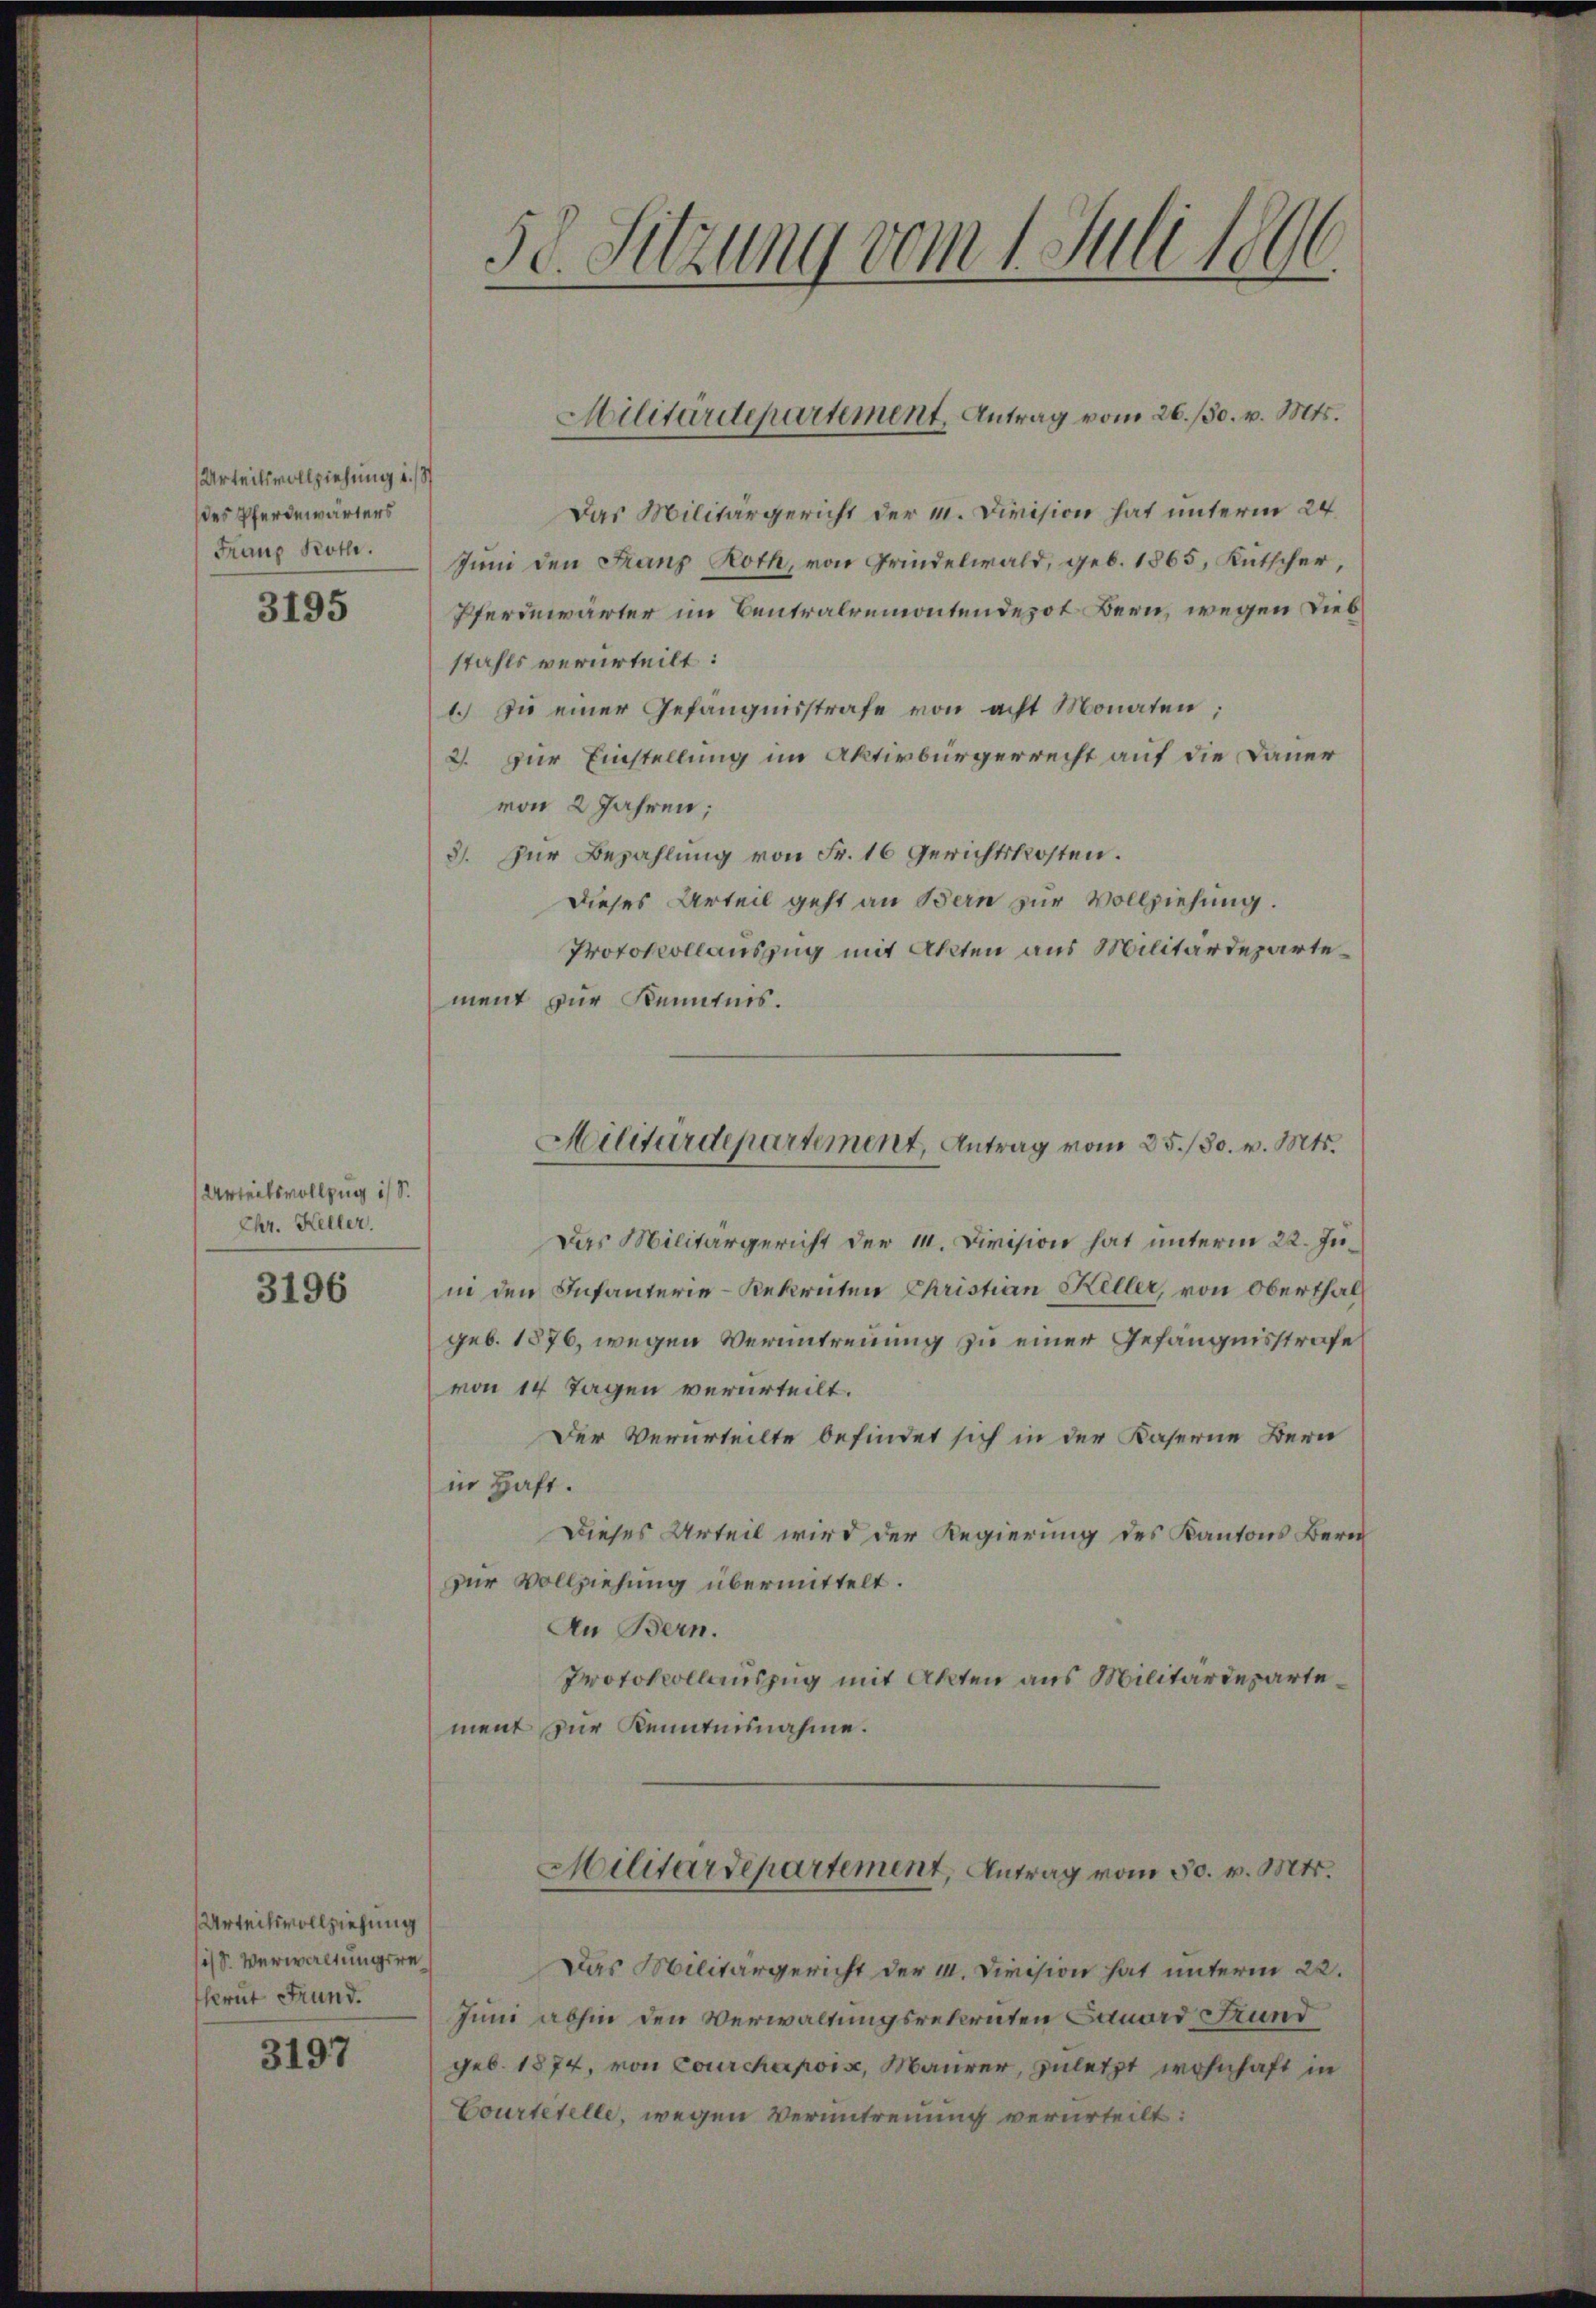
Urteilsvollziehung u. 18
des Pferdewärters
Franz Koth.

3195

Urteilsvollzug ist.
Chr. Keller.

3196

Urteilsvollziehung
sis S. Verwaltungsresherit Frund.

3197

50. Sitzung vom 1. Juli 1896

Das Militärgericht der m. Division hat unterm 24.
Juni den Franz Roth, von Grindelwald, geb. 1865, Kutscher,
Pferiewärter im Centralremontendepot Bern, wegen Liebstahls verurteilt:
1. Zu einer Gefängnisstrafe von acht Monaten;
2. zur Einstellung im Aktivbürgerrecht auf die Dauer
von 2 Jahren;
3. Zur Bezahlung von Fr. 16 Gerichtskosten.
Dieses Urteil geht an Bern zur Vollziehung.
Protokollauszug mit Akten aus Militärdepartement zur Kenntnis.
Das Militärgericht der 1. Division hat unterm 22. Juin den Infanterie-Rekruten Christian Keller, von Oberthal
geb. 1876, wegen Veruntreuung zu einer Gefängnisstrafe
von 14 Tagen verurteilt.
Der Verurteilte befindet sich in der Kaserne Bern
in Haft.
Dieses Urteil wird der Regierung des Kantons Bern
zur Vollziehung übermittelt.
An Bern.
Protokollauszug mit Akten aus Militärdepartement zur Kenntnisnahme.
Militärdepartement, Antrag vom 30. v. Mts.
Das Militärgericht der II. Division hat unterm 22.
Juni abhin den Verwaltungsrekruten Sauard Fund
geb. 1874, von Courchapois, Maurer, zuletzt wohnhaft in
Courtetelle, wegen Veruntreuung verurteilt:

Militärdepartement, Antrag vom 26./30. v. Mts.

Militärdepartement, Antrag vom 25./30. v. Mts.